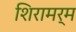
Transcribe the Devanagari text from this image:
शिरामर्म